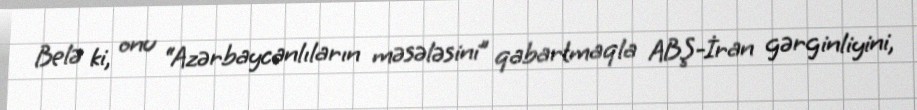
Belə ki, onu “Azərbaycanlıların məsələsini” qabartmaqla ABŞ-İran gərginliyini,